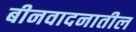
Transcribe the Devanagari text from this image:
बीनवादनातील